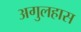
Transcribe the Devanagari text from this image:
अगुलहास